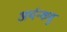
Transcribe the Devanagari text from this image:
अर्यन्कवु